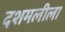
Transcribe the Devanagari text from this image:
दशमलीला